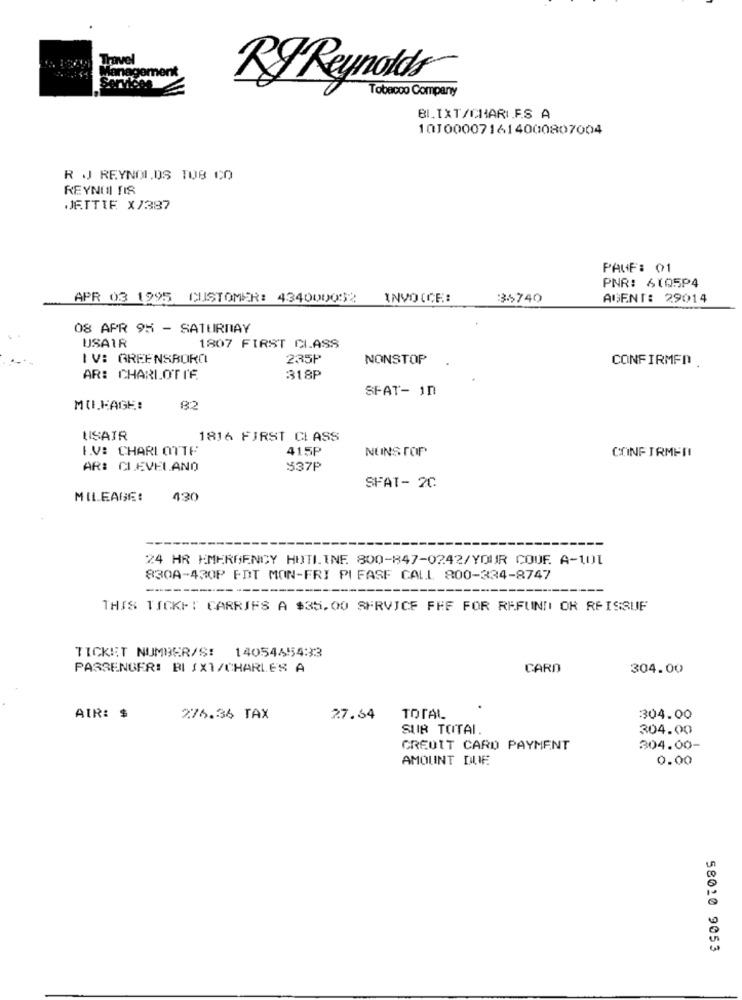
Travel
agement
Services
RJ Reynolds
Tobacco Company
BI.TXT/CHARI.E.S A
101000071614000807004
R .J REYNOLDS TOB CO
REYNOL TIS
JETTIF X/387
PAGE: 01
PNR: 6105P4
APR 03 1995 CUSTOMER: 434000052
INVOICE:
35740
AGENT: 29014
08 APR 95 - SATURDAY
USAIR
1807 FIRST CLASS
IV: GREENSBORO
235P
NONSTOP
CONFIRMED.
AR: CHARLOTTE
318P
SFAT- In
MU.KAGE:
USAIR
1816 FIRST CLASS
I.V: CHARLOTTE
415P
NUNS TOP
CONFIRMETI
AR: CLEVELAND
$37P
SFAT- 2C
MILEAGE:
430
24 HR EMERGENCY HOTLINE 800-847-0242/YOUR COUF. A-101
830A-430P FDT MON-FRI PI FASE CALL 800-334-8747
THIS TICKET CARRIES A $35.00 SERVICE FFF FOR REFUND OR RFISSUE
TICKET NUMBER/S!
14054454:33
PASSENGER: BI 1X1/CHARLES A
CARD
304.00
AIR: $
276.34 TAX
27.64
TOTAL
304.00
SUR TOTAL.
304.00
CREDIT CARD PAYMENT
304.00-
AMOUNT DUE
0.00
58010 9053